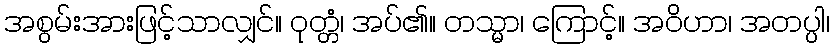
အစွမ်းအားဖြင့်သာလျှင်။ ဝုတ္တံ၊ အပ်၏။ တသ္မာ၊ ကြောင့်။ အဝိဟာ၊ အတပ္ပါ၊